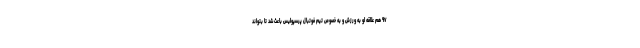
۹۷ هم علاقه او به ورزش و به خصوص تیم فوتبال پرسپولیس باعث شد تا بتواند